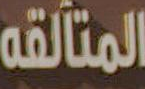
المتألقه